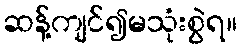
ဆန့်ကျင်၍မသုံးစွဲရ။